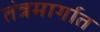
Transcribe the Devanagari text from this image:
तंत्रमार्गात